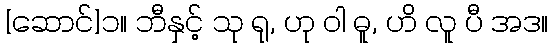
[ဆောင်]၁။ ဘီနှင့် သု ရု, ဟု ဝါ ဓူ, ဟိ လူ ပီ အဒ။